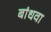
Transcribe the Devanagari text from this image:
बांधवा